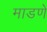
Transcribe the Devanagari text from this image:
माडणे